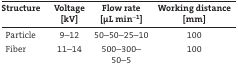
| Structure | Voltage [kV] | Flow rate [μL min−1] | Working distance [mm] |
 | --- | --- | --- | --- |
 | Particle | 9–12 | 50–50–25–10 | 100 |
 | Fiber | 11–14 | 500–300–50–5 | 100 |